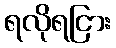
ရလိုရငြား